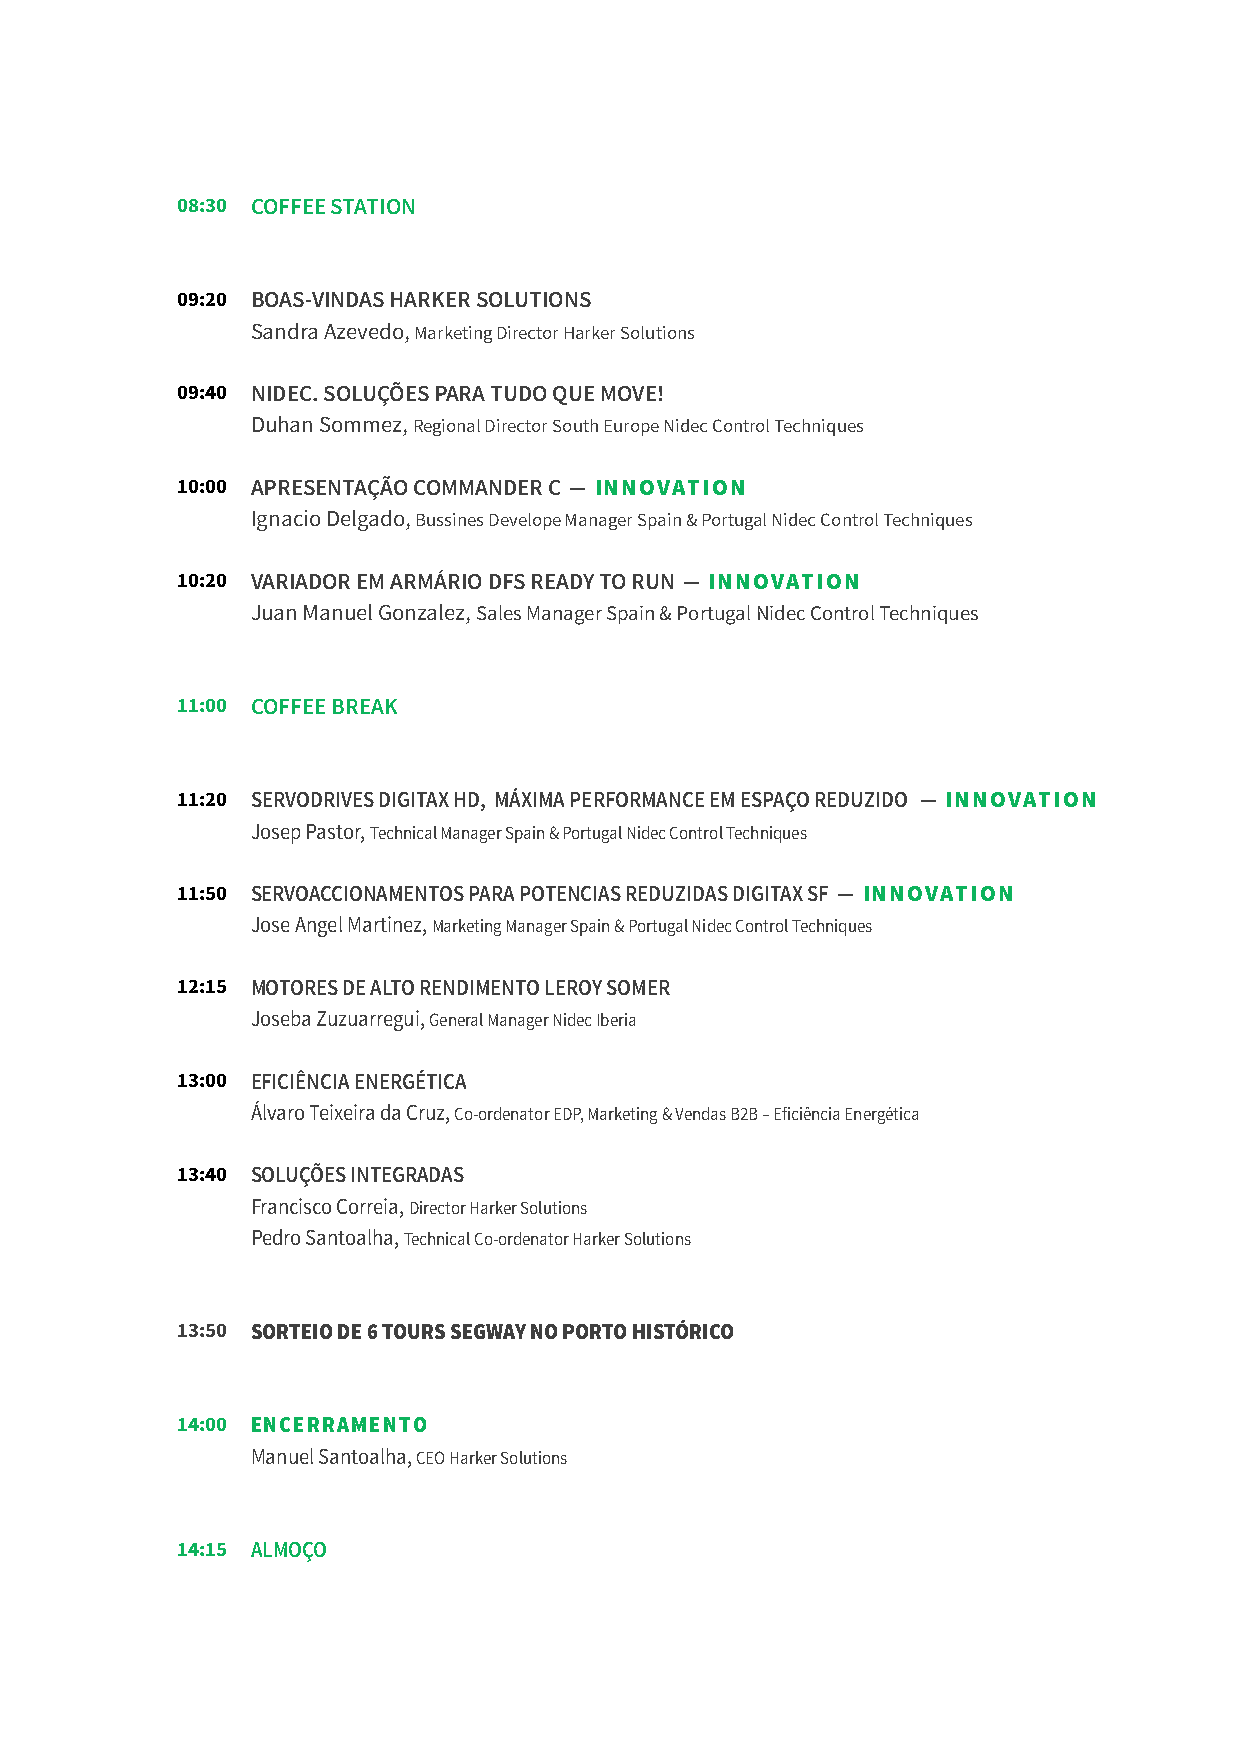
08:30 COFFEE STATION
 09:20 BOAS-VINDAS HARKER SOLUTIONS
 Sandra Azevedo, Marketing Director Harker Solutions
 09:40 NIDEC. SOLUÇÕES PARA TUDO QUE MOVE!
 Duhan Sommez, Regional Director South Europe Nidec Control Techniques
 10:00 APRESENTAÇÃO COMMANDER C — INNOVATION
 Ignacio Delgado, Bussines Develope Manager Spain & Portugal Nidec Control Techniques
 10:20 VARIADOR EM ARMÁRIO DFS READY TO RUN — INNOVATION
 Juan Manuel Gonzalez, Sales Manager Spain & Portugal Nidec Control Techniques
 11:00 COFFEE BREAK
 11:20 SERVODRIVES DIGITAX HD, MÁXIMA PERFORMANCE EM ESPAÇO REDUZIDO — INNOVATION
 Josep Pastor, Technical Manager Spain & Portugal Nidec Control Techniques
 11:50 SERVOACCIONAMENTOS PARA POTENCIAS REDUZIDAS DIGITAX SF — INNOVATION
 Jose Angel Martinez, Marketing Manager Spain & Portugal Nidec Control Techniques
 12:15 MOTORES DE ALTO RENDIMENTO LEROY SOMER
 Joseba Zuzuarregui, General Manager Nidec Iberia
 13:00 EFICIÊNCIA ENERGÉTICA
 Álvaro Teixeira da Cruz, Co-ordenator EDP, Marketing & Vendas B2B – Eficiência Energética
 13:40 SOLUÇÕES INTEGRADAS
 Francisco Correia, Director Harker Solutions
 Pedro Santoalha, Technical Co-ordenator Harker Solutions
 13:50 SORTEIO DE 6 TOURS SEGWAY NO PORTO HISTÓRICO
 14:00 ENCERRAMENTO
 Manuel Santoalha, CEO Harker Solutions
 14:15 ALMOÇO